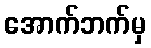
အောက်ဘက်မှ